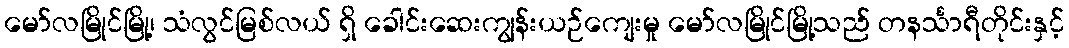
မော်လမြိုင်မြို့၊ သံလွင်မြစ်လယ် ရှိ ခေါင်းဆေးကျွန်းယဉ်ကျေးမှု မော်လမြိုင်မြို့သည် တနင်္သာရီတိုင်းနှင့်